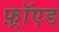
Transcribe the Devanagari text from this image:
फ़्रॉएड